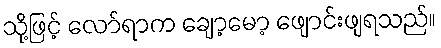
သို့ဖြင့် လော်ရာက ချော့မော့ ဖျောင်းဖျရသည်။